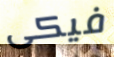
فيكى